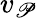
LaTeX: v_{\mathscr{P}}